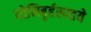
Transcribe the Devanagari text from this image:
योनिबृर्हस्पतये